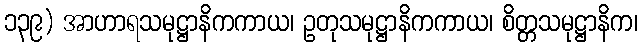
၁၃၉) အာဟာရသမုဋ္ဌာနိကကာယ၊ ဥတုသမုဋ္ဌာနိကကာယ၊ စိတ္တသမုဋ္ဌာနိက၊